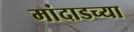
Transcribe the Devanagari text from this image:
मांदाडच्या